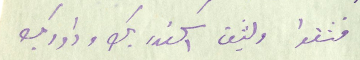
فثقوا  وليثق  اسكندر بك وداود بك